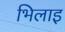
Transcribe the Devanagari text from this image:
भिलाइ